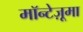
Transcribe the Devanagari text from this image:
मॉन्टेज़ूमा